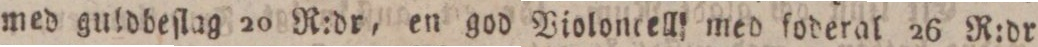
med guldbeſlag 20 R:dr, en god Violoncell med foderal 26 R:dr